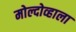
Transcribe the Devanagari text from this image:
मोल्दोव्हाला